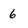
Character: 6